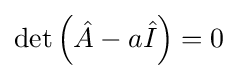
\det \left({\hat {A}}-a{\hat {I}}\right)=0